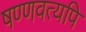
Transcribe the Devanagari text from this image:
षण्णवत्यपि